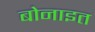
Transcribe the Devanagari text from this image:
बोनाइत